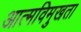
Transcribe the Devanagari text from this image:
आत्मविमुखता